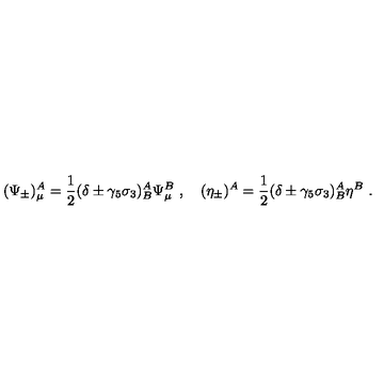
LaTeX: ( \Psi _ { \pm } ) _ { \mu } ^ { A } = \frac { 1 } { 2 } ( \delta \pm \gamma _ { 5 } \sigma _ { 3 } ) _ { B } ^ { A } \Psi _ { \mu } ^ { B } \ , \quad ( \eta _ { \pm } ) ^ { A } = \frac { 1 } { 2 } ( \delta \pm \gamma _ { 5 } \sigma _ { 3 } ) _ { B } ^ { A } \eta ^ { B } \ .